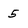
Character: 5